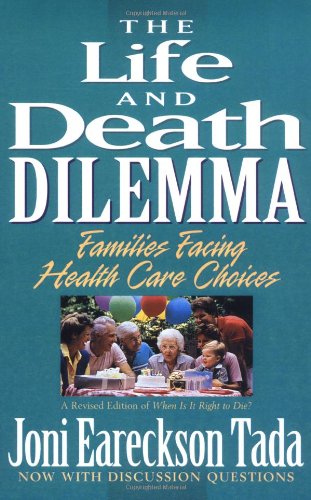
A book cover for Life and Death Dilemma, The; Joni Eareckson Tada; Medical Books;